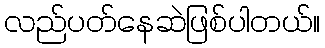
လည်ပတ်နေဆဲဖြစ်ပါတယ်။